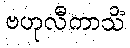
ဗဟုလီကာသိံ